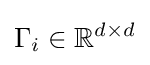
\Gamma _{i}\in \mathbb {R} ^{d\times d}